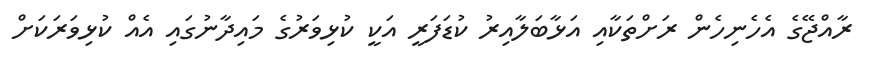
ރާއްޖޭގެ އެހެނިހެން ރަށްތަކާއި އަޅާބަލާއިރު ކުޑަފަރީ އަކީ ކުޅިވަރުގެ މައިދާނުގައި އެއް ކުޅިވަރަކަށް